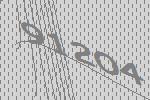
91204